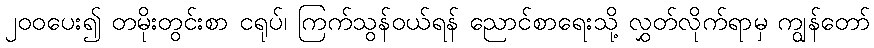
၂၀၀ပေး၍ တမိုးတွင်းစာ ငရုပ်၊ ကြက်သွန်ဝယ်ရန် ညောင်စာရေးသို့ လွှတ်လိုက်ရာမှ ကျွန်တော်